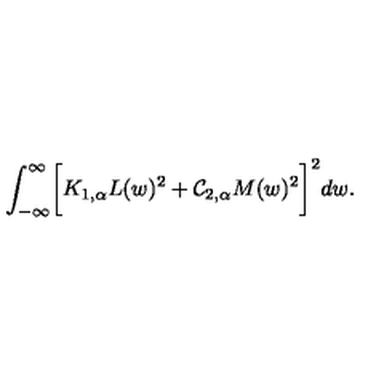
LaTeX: \int _ { - \infty } ^ { \infty } \biggl [ K _ { 1 , \alpha } L ( w ) ^ { 2 } + { \cal C } _ { 2 , \alpha } M ( w ) ^ { 2 } \biggr ] ^ { 2 } d w .